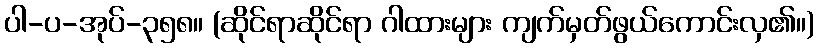
ပါ-ပ-အုပ်-၃၅၈။ (ဆိုင်ရာဆိုင်ရာ ဂါထားများ ကျက်မှတ်ဖွယ်ကောင်းလှ၏။)